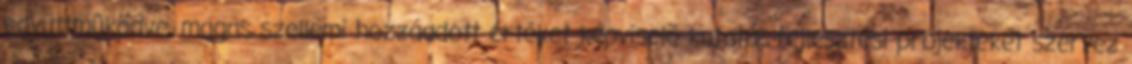
együttmûködve, magas szellemi hozzáadott értéket képviselõ kutatás-fejlesztési projekteket szervez